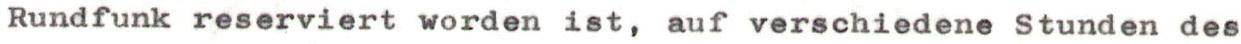
Rundfunk reserviert worden ist, auf verschiedene Stunden des